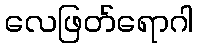
လေဖြတ်ရောဂါ